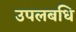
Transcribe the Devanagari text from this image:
उपलबधि